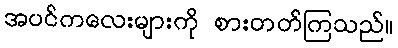
အပင်ကလေးများကို စားတတ်ကြသည်။